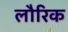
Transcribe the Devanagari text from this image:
लौरिक